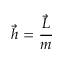
{ \vec { h } } = { \frac { \vec { L } } { m } }